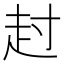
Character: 𧺘